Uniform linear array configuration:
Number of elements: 48
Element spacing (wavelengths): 0.5
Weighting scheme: hamming
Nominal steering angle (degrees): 60
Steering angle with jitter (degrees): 61.789
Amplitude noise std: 0.05
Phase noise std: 0.05

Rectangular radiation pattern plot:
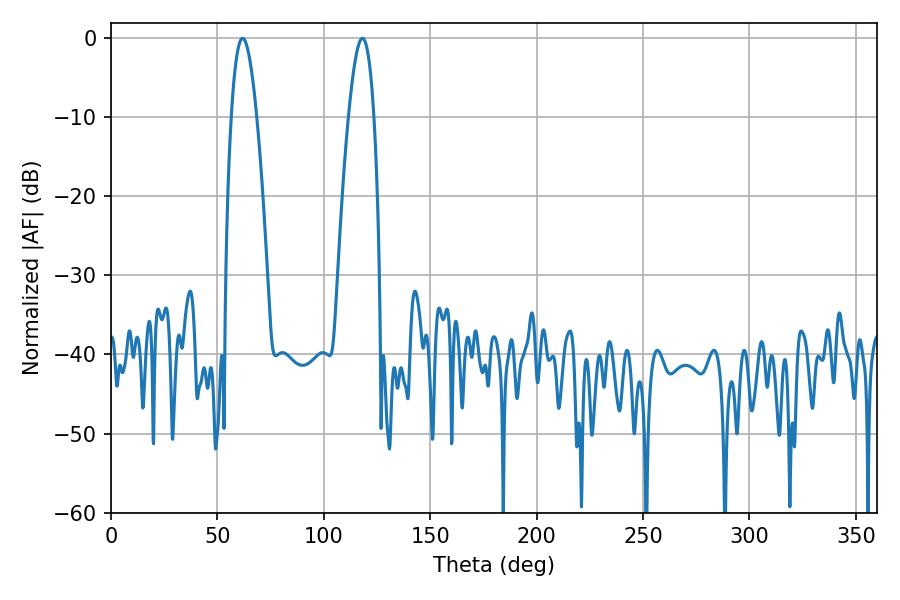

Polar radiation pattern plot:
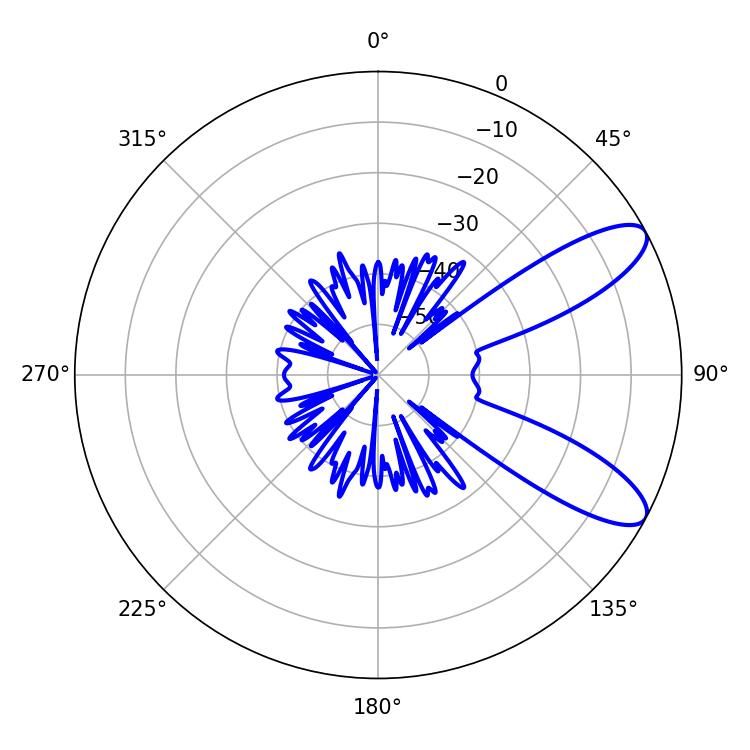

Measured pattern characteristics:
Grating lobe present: FALSE
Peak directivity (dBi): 9.614
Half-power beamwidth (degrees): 6.48
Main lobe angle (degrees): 61.92